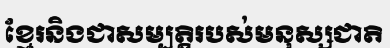
ខ្មែរនិងជាសម្បត្តិរបស់មនុស្សជាតិ